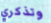
وتذكري